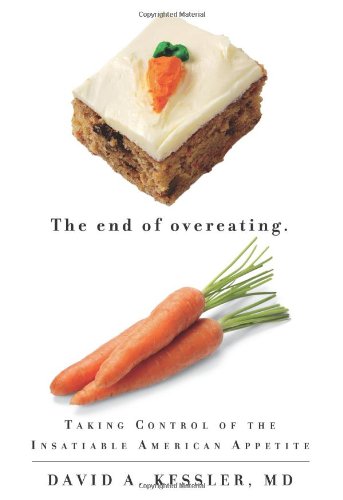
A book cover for The End of Overeating: Taking Control of the Insatiable American Appetite; David Kessler; Cookbooks, Food & Wine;